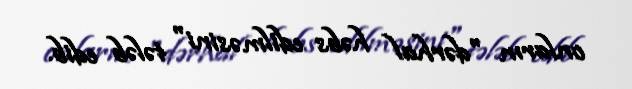
onların "dərhal həbs edilməsini" tələb edib.